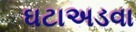
ઘટાઅડવા